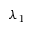
\lambda _ { 1 }